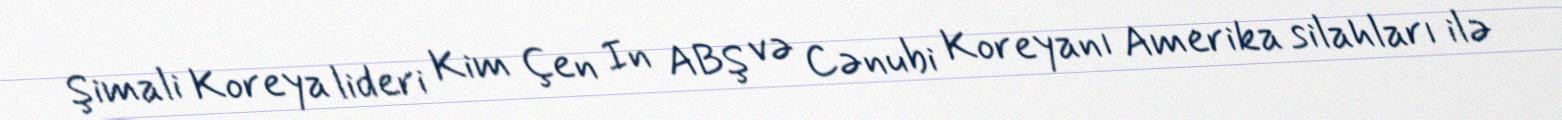
Şimali Koreya lideri Kim Çen In ABŞ və Cənubi Koreyanı Amerika silahları ilə